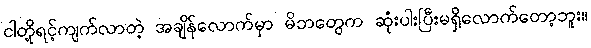
ငါတို့ရင့်ကျက်လာတဲ့ အချိန်လောက်မှာ မိဘတွေက ဆုံးပါးပြီးမရှိလောက်တော့ဘူး။